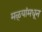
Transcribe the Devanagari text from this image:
मळ्यांमधून